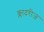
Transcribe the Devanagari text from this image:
क्लादरीज